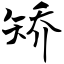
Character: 矫